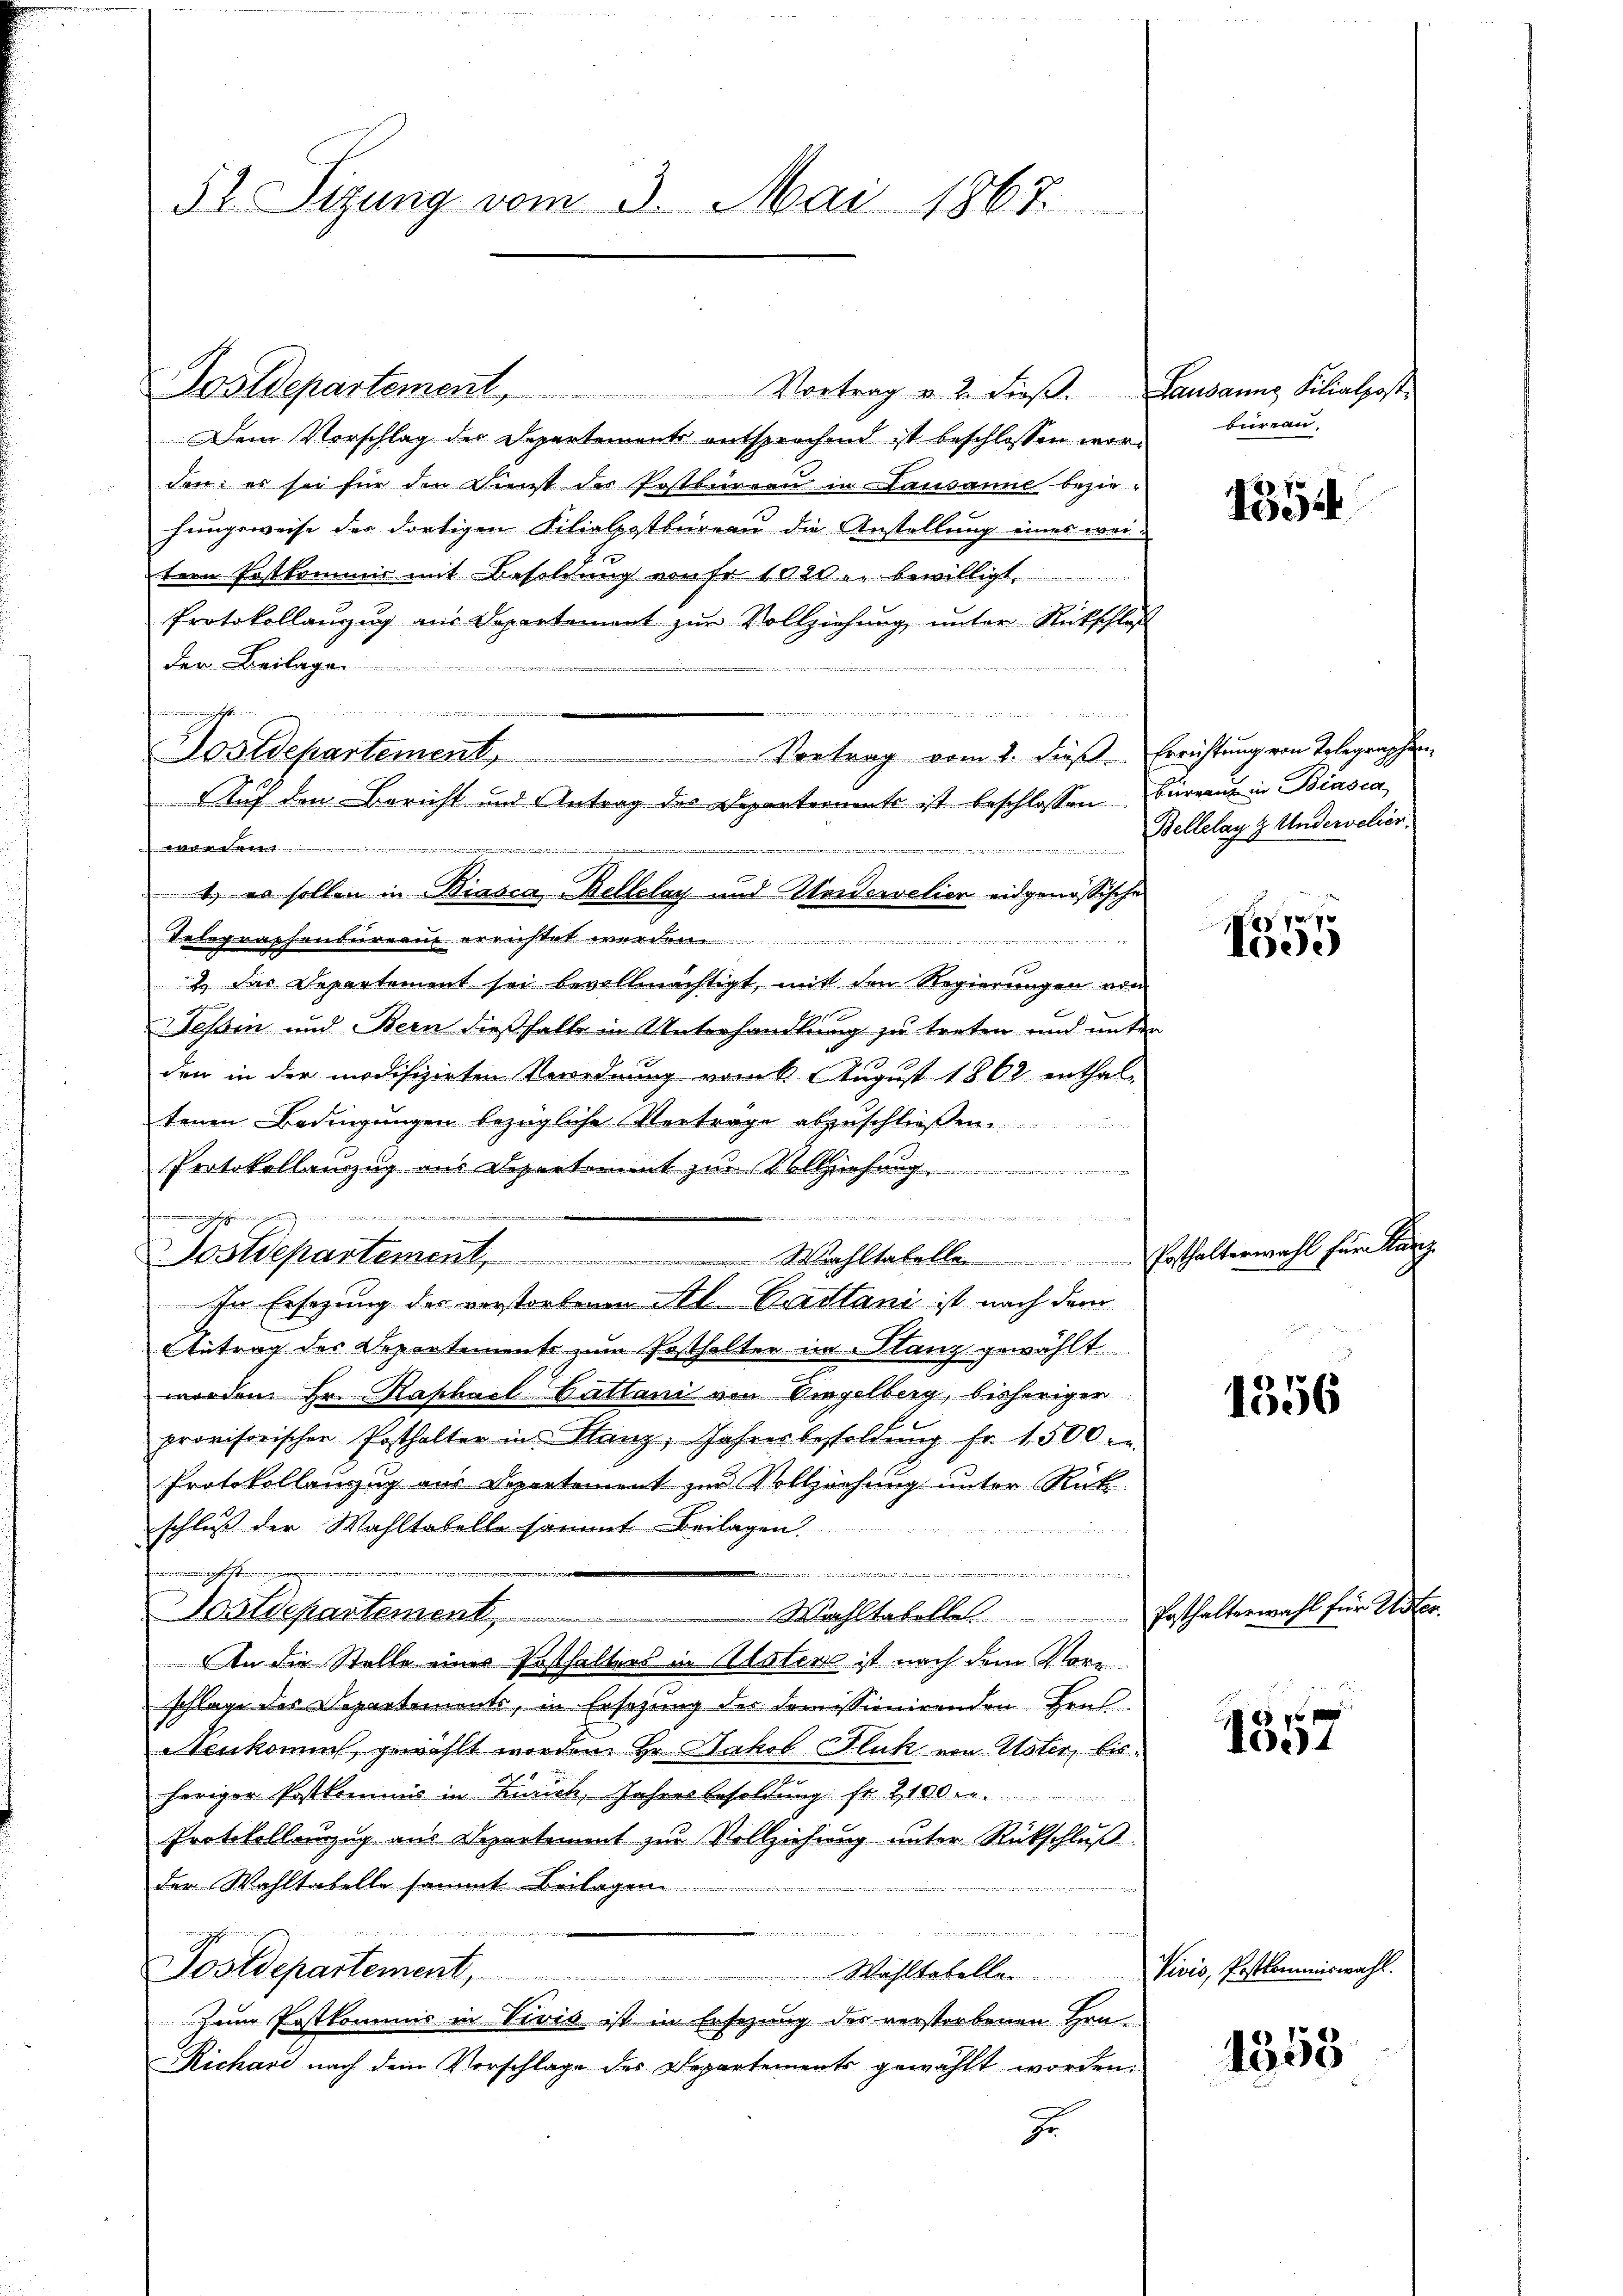
52. Sizung vom 3. Mai 1867.

Postdepartement, Vortrag u. 2. dieβ. Lausanna Filialpost
Dem Vorschlag der Departements entsprechend ist beschlossen worden: es sei für den Dienst der Postbüreau in Lausammt bezie-
hungsweise der dortigen Filialpostbüreau die Anstellung eines weitern Postkommis mit Besoldung von Fr. 1020 u. bewilligt.
Protokollanzug aus Departement zur Vollziehung unter Rückschlaß
der Beilagen
d
e
mmmen
Postdepartement. Vortrag vom 2. dieß. Errichtung von Telegraphen
Auf den Bericht und Antrag des Departernente ist beschlossen Büreaŭ in Biasca,
awer

22 in der den die

e
1. es sollen in Biasca Bellelay und Weidervelier eidgenössische
Telegraphenbureau errichtet werden.

1 des Departement sei bevollmächtigt, mit den Regierungen von
Tessin und Bern dießhalb in Unterhandlung zu treten und unter
den in der modifizirten Verordnung vom 6 t August 1862 enthaltenen Bedingungen bezügliche Vorträge abzuschließen.
Protokollauszug aus Departement zur Vollziehung ..............
Furre
ain einer in wie ein einen zu der seinen
n um erschenen
Sostdepartement, Wahltabelle Posthalterwahl für Kanz
In Ersezung der verstorbenen Al. Bastani ist nach dem
Antrag des Departements zum Posthalter in Stanz gewählt.
worden Hr. Raschael Callani von Eingelberg, bisheriger
provisorischen Posthalter in Stanz, Jahresbesoldŭng fr. 1500.
Protokollanzug aus Departement zur Vollziehung unter Rück
schluß der Wahltabelle sammt Beilagen.
h keiner
970. 123.
u
Wachstabelle Posthalterwahl für Uster.
Aostdepartement
An die Stelle eines Posthalters in Usters ist nach dem Vorr
schlage des Departements, in Ersetzung des Domissionirenden Erns
Neukommt, gewählt worden. Hr. Nackob Fluk von Uster, bisheriger Postkommis in Zürich, Jahres Besoldung fr. 2100.
Protokollenzug aus Departement zur Vollziehung unter Rückschluß
der Wahltabelle sammt Beilagen
F. B
Postdepartement,
 Wahltabellen
tunde der
zum Postkommis in Vivis ist in Ersezung des verstorbenen Hrn.
Richard nach dem Vorschlage des Departements gewählt worden.
J

bureau,

1354

Bellelag z. Undervelien.

77
Ae

1356

1357

Vivis, Postkommiswahl.

1558